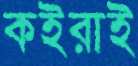
কইরাই